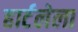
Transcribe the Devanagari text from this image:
हार्टलेला